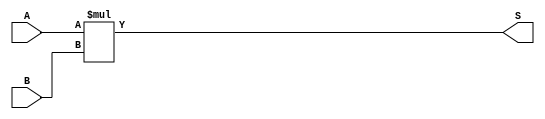
`timescale 1ns / 1ps
//////////////////////////////////////////////////////////////////////////////////
// Company: 
// Engineer: 
// 
// Design Name: 
// Module Name: Multiplication
// Project Name: 
// Target Devices: 
// Tool Versions: 
// Description: 
// 
// Dependencies: 
// 
// Revision:
// Revision 0.01 - File Created
// Additional Comments:
// 
//////////////////////////////////////////////////////////////////////////////////


module Multiplication(
input [6:0] A,B,
output [13:0] S
    );
assign S=A*B;
endmodule